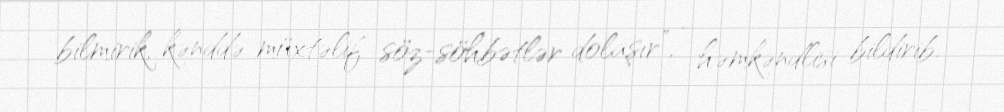
bilmirik, kənddə müxtəlif söz-söhbətlər dolaşır”, - həmkəndlisi bildirib.